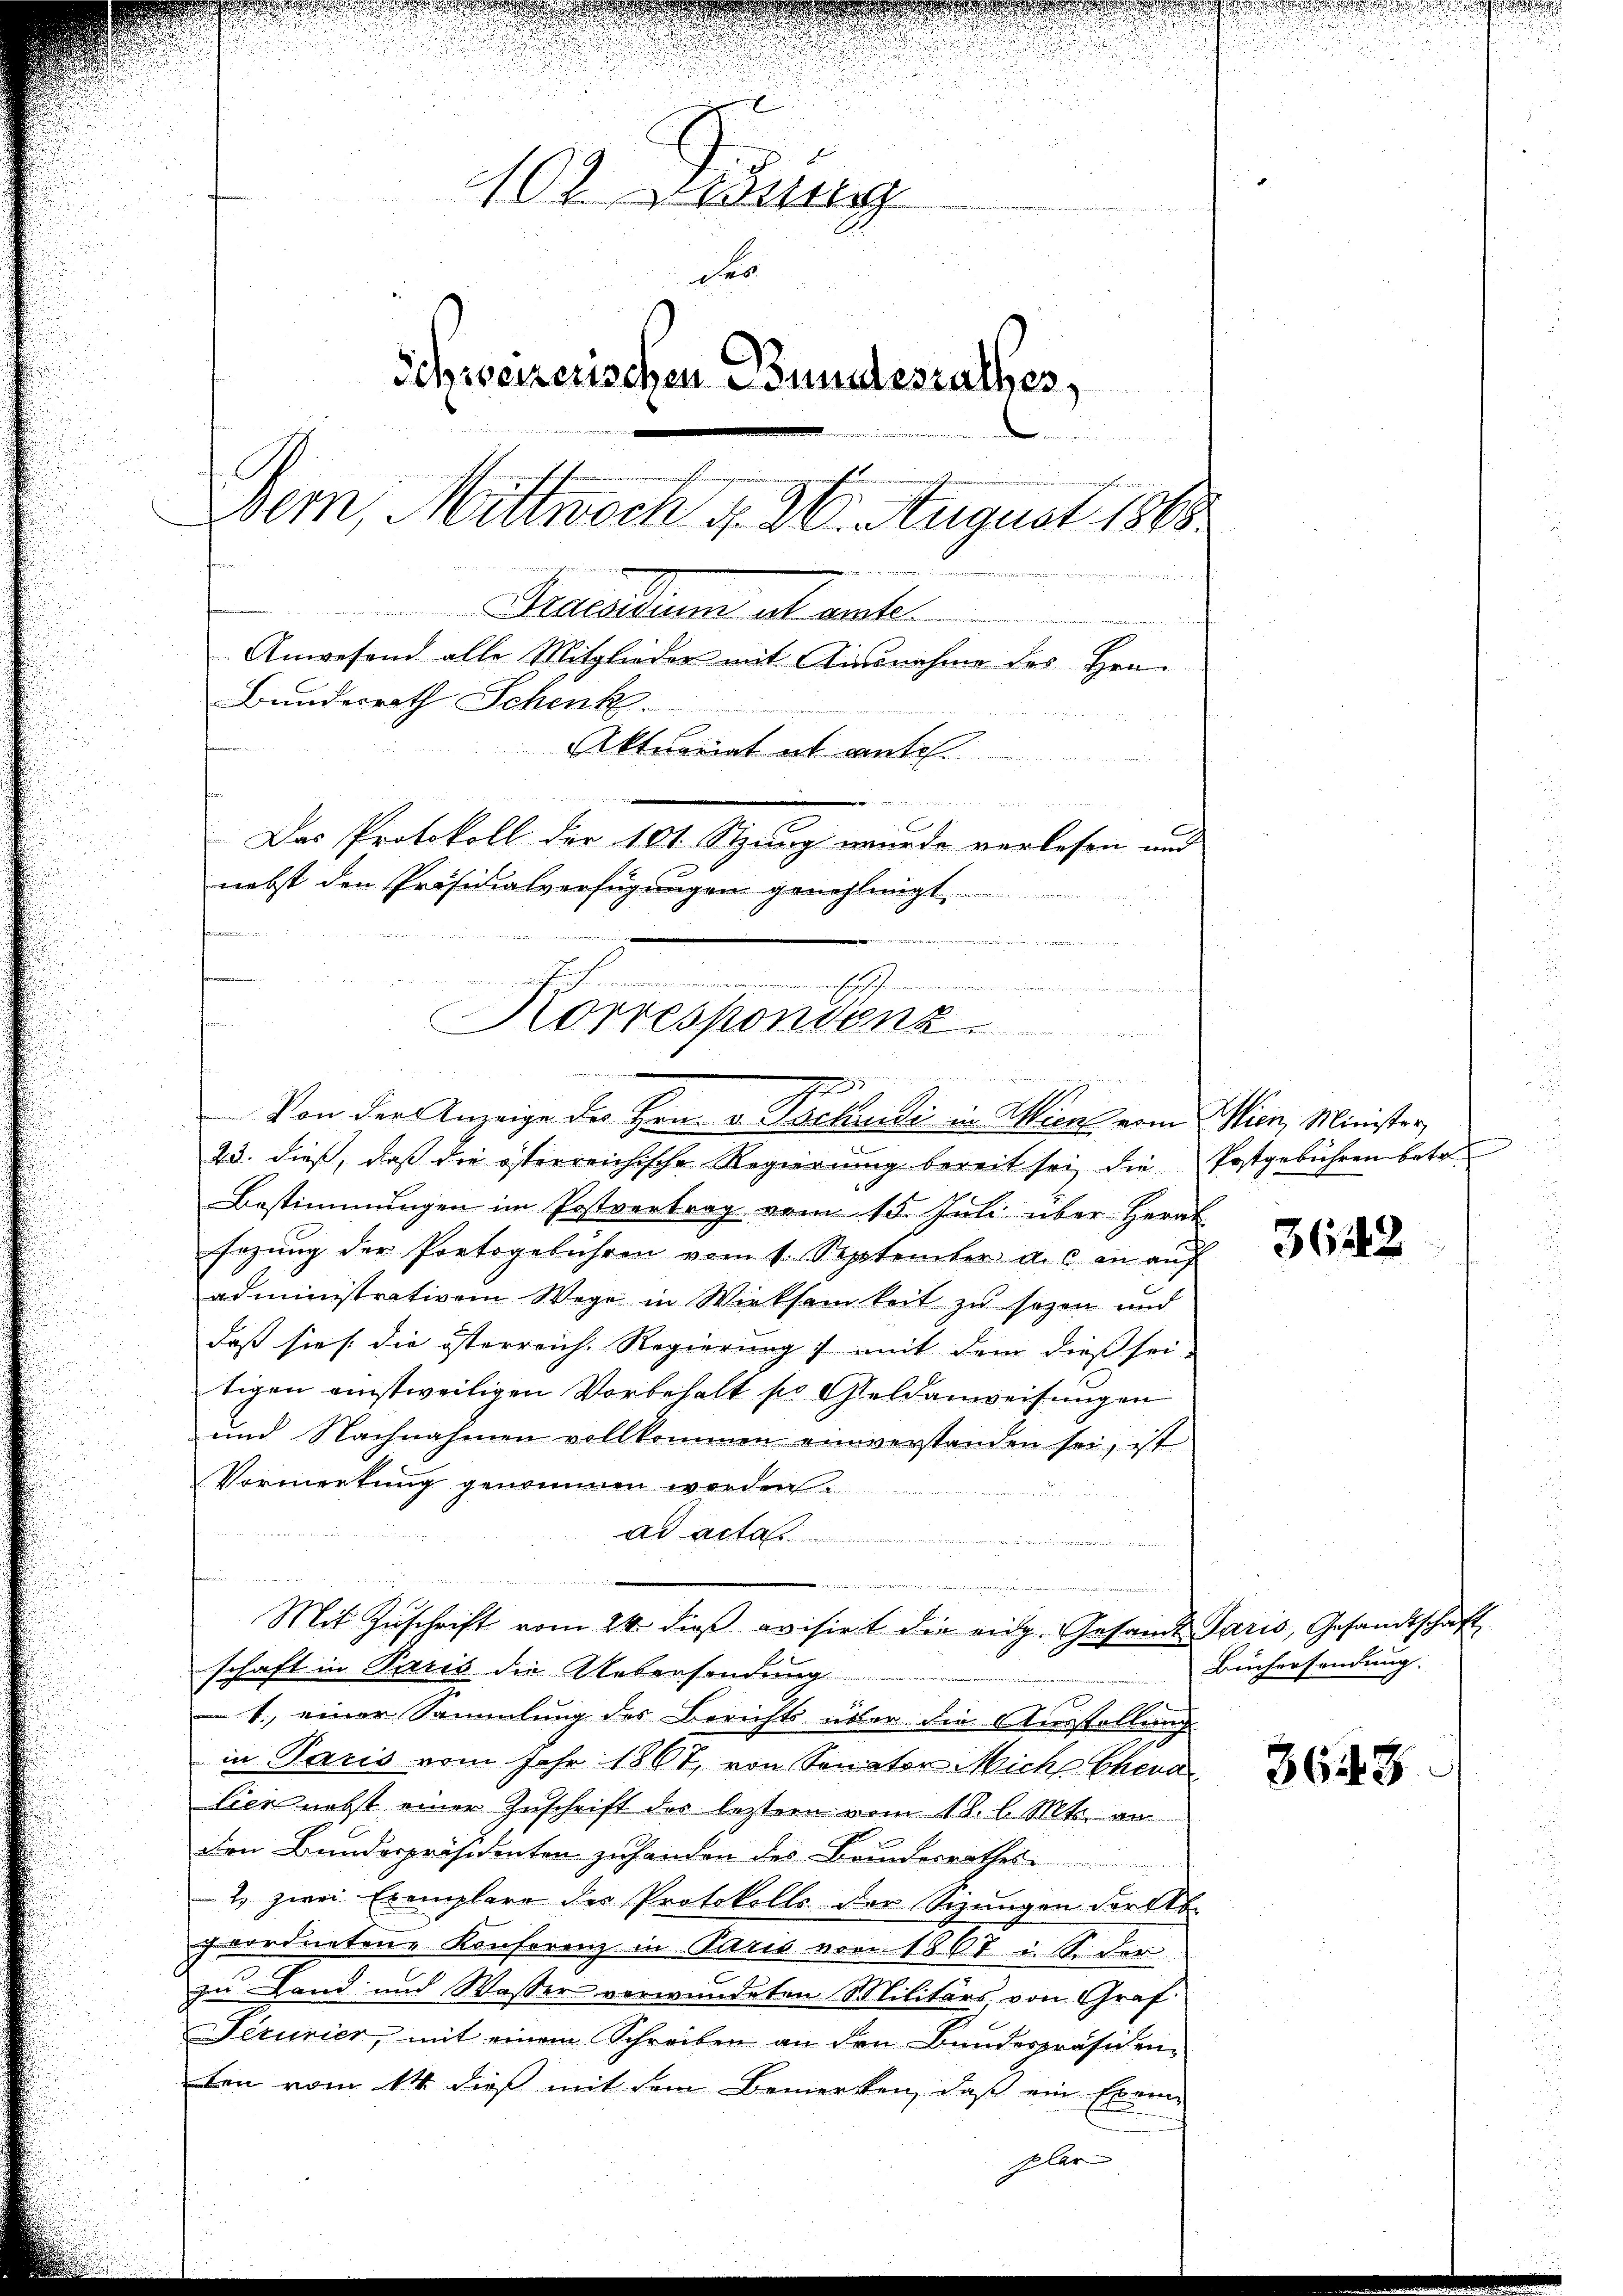
102. ung
der
Schweizerischen Bundesrathes,
u
eingen, die
Bern, Mittwoch d. 26. August 1868.
Sellatum et ant
Anwesend alle Mitglieder mit Ausnahme des Hrn.
Bundesrath Schenk.
Aktuariat es aute
u
Das Protokoll der 101 Stzung wurde verlesen und
nebst den Präsidialverfügungen genehmigt.

egemeinen Erschienen
n
Korrespondenz
e
u
.
.
1
Von der Anzeige des Hrn. v. Packendi in Wien von Wien, Minister

23. dieß, daß die österreichische Regierung bereit sei die Postgebühren betre
Bestimmungen im Postvertrag vom 15. Juli über Herab
sezung der Portogebühren vom 1. September a. c. an auf
administrativem Wege in Wirksamkeit zu sezen und
daß sie die österreich. Regierung mit dem dieß sei-
tigen einstweiligen Vorbehalt so Geldanweisungen
und Nachnahmen vollkommen einverstanden sei, ist
Vormerkung genommen worden.
Ad Acta
e
Mit Zuschrift vom 24. dieß evisirt die eidg. Gesandt Paris, Gesandtschaft
schaft in Paris die Uebersendung
1. einer Sammlung des Berichts über die Ausstellung
in Paris vom Jahr 1867, von Sonator Miche Cheva
lier nebst einer Zuschrift des leztern vom 18. l. Mts. an
den Bundespräsidenten zuhanden des Beiderrathes
2 zwei Exemplare des Protokolls der Schungen darftb.
geordneten Konferenz in Paris von 1867 i. S. der
zu Land und Wasser verwundeten Militärs, von Graf
Fezurier, mit einem Schreiben an den Bundespräsiden-
ben vom 14. dieß mit dem Bemerken, daß ein Exem-
plar

3642

Büchersendung.

3643